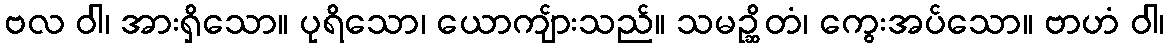
ဗလ ဝါ၊ အားရှိသော။ ပုရိသော၊ ယောကျ်ားသည်။ သမဉ္ဆိတံ၊ ကွေးအပ်သော။ ဗာဟံ ဝါ၊